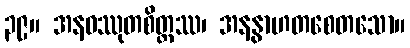
၃၉။ အနဝဿုတစိတ္တဿ၊ အနနွာဟတစေတသော။